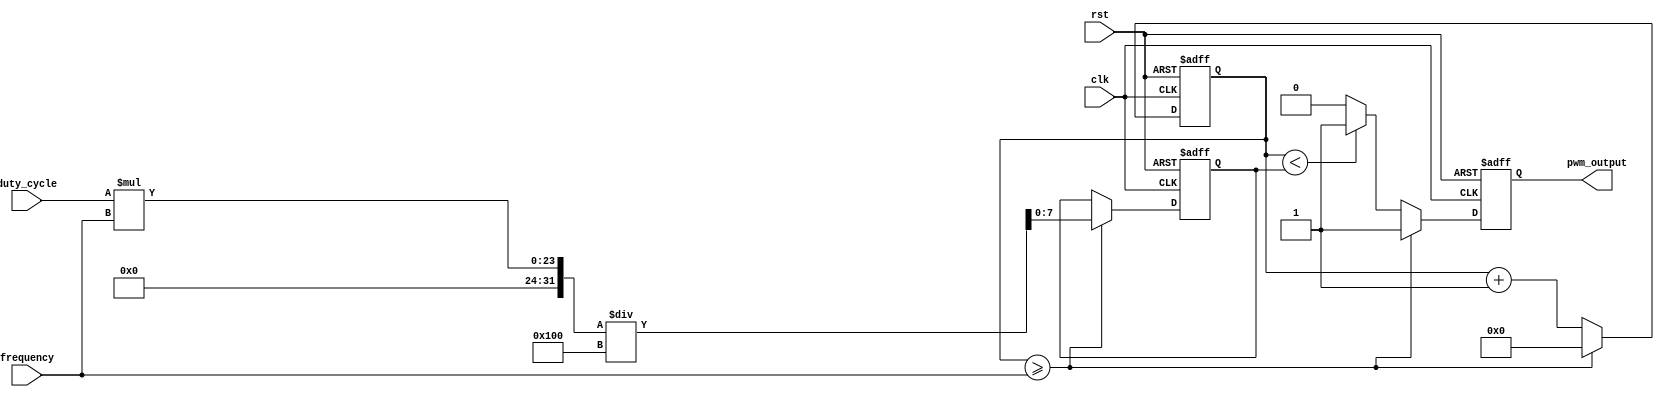
module PWM_Pulse_Generator (
    input wire clk,
    input wire rst,
    input wire [7:0] duty_cycle,
    input wire [15:0] frequency,
    output reg pwm_output
);

reg [15:0] counter;
reg [7:0] pulse_width;

always @ (posedge clk or posedge rst) begin
    if (rst) begin
        counter <= 0;
        pulse_width <= 0;
        pwm_output <= 0;
    end else begin
        if (counter >= frequency) begin
            counter <= 0;
            pulse_width <= (duty_cycle * frequency) / 256;
            pwm_output <= 1;
        end else begin
            counter <= counter + 1;
            pwm_output <= (counter < pulse_width) ? 1 : 0;
        end
    end
end

endmodule